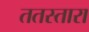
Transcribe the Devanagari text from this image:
ततस्तारा